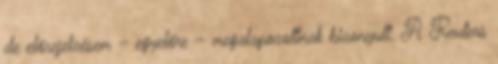
de előrejelzésem – egyelőre – megalapozottnak bizonyult. A Reuters